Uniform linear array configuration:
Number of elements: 64
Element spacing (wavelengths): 0.75
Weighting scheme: hann
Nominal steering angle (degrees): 15
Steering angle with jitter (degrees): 15.022
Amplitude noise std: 0.05
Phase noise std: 0.05

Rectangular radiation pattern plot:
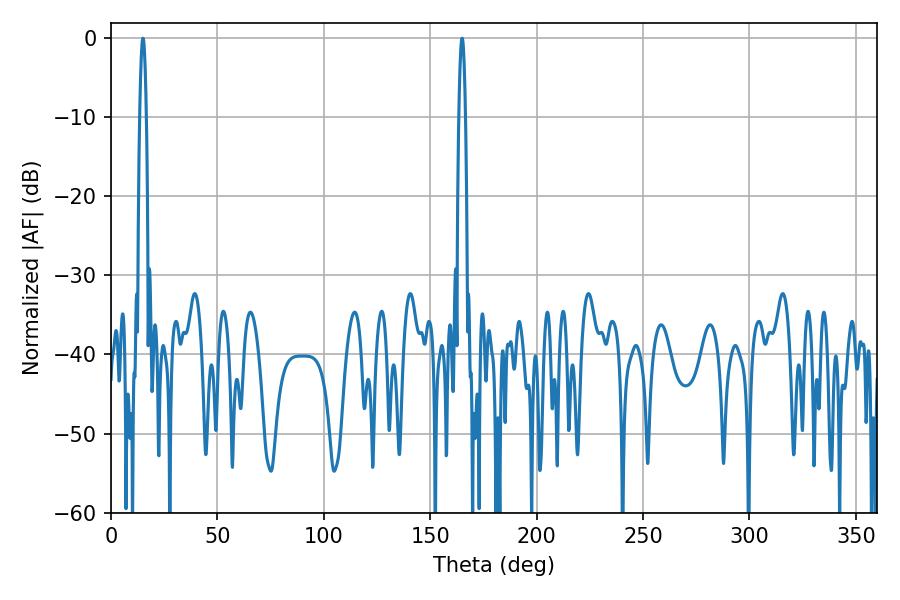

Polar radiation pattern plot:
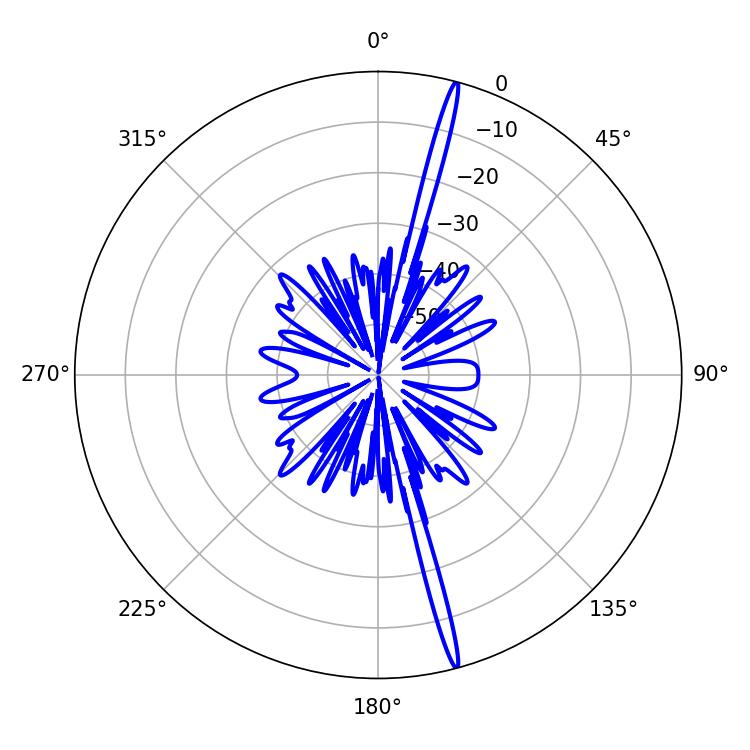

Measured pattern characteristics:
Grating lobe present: TRUE
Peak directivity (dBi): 20.655
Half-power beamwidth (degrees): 1.62
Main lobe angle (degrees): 14.94